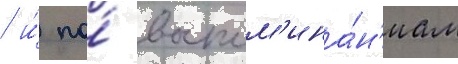
/ и́ по́ воспом'ина́н'иам